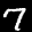
Label: 7